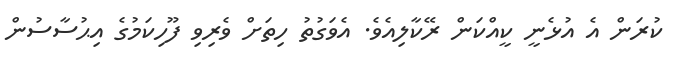
ކުރަން އެ އުޅެނީ ކީއްކަން ރޭކާލިއެވެ. އެވަގުތު ހިތަށް ވެރިވި ފޫހިކަމުގެ އިޙުސާސުން